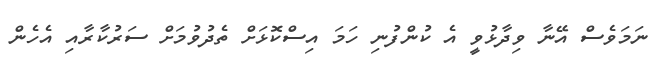
ނަމަވެސް އޭނާ ވިދާޅުވީ އެ ކުންފުނި ހަމަ އިސްކޮޅަށް ތެދުވުމަށް ސަރުކާރާއި އެހެން